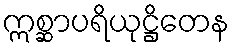
ဣစ္ဆာပရိယုဋ္ဌိတေန